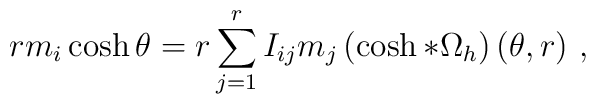
rm_{i}\cosh \theta =r\sum\limits_{j=1}^{r}I_{ij}m_{j}\left( \cosh *\Omega_{h}\right) (\theta ,r)\,\,,